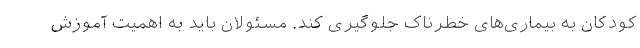
کودکان به بیماری‌های خطرناک جلوگیری کند. مسئولان باید به اهمیت آموزش